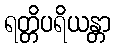
ရတ္တိပရိယန္တာ